Indian journal of veterinary science and animal husbandry - Volume 6,
Year: 1936
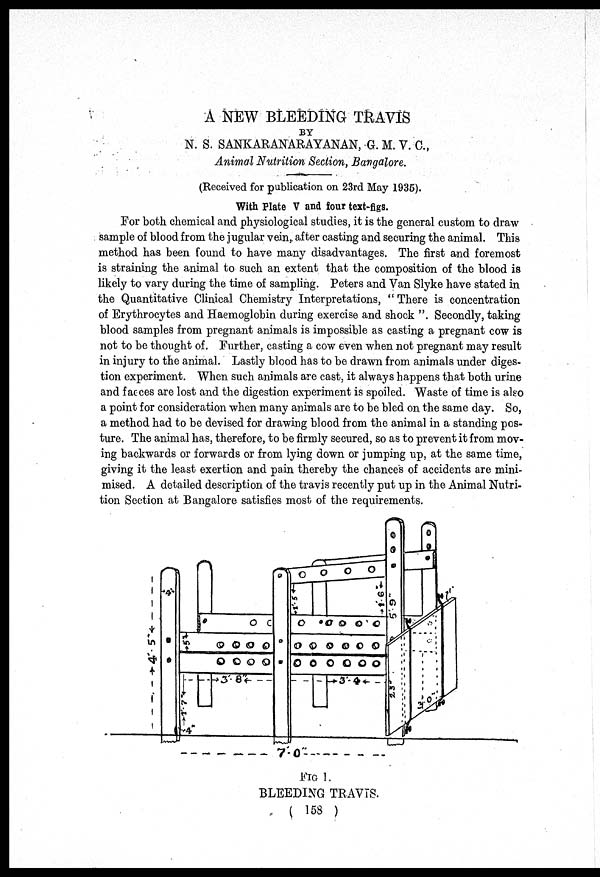
A NEW BLEEDING TRAVIS
BY
N. S. SANKARANARAYANAN, G. M. V. C.,
Animal Nutrition Section, Bangalore.
(Received for publication on 23rd May 1935).
With Plate V and four text-figs.
For both chemical and physiological studies, it is the general custom to draw
sample of blood from the jugular vein, after casting and securing the animal. This
method has been found to have many disadvantages. The first and foremost
is straining the animal to such an extent that the composition of the blood is
likely to vary during the time of sampling. Peters and Van Slyke have stated in
the Quantitative Clinical Chemistry Interpretations, " There is concentration
of Erythrocytes and Haemoglobin during exercise and shock ". Secondly, taking
blood samples from pregnant animals is impossible as casting a pregnant cow is
not to be thought of. Further, casting a cow even when not pregnant may result
in injury to the animal. Lastly blood has to be drawn from animals under diges-
tion experiment. When such animals are cast, it always happens that both urine
and faeces are lost and the digestion experiment is spoiled. Waste of time is also
a point for consideration when many animals are to be bled on the same day. So,
a method had to be devised for drawing blood from the animal in a standing pos-
ture. The animal has, therefore, to be firmly secured, so as to prevent it from mov-
ing backwards or forwards or from lying down or jumping up, at the same time,
giving it the least exertion and pain thereby the chances of accidents are mini-
mised. A detailed description of the travis recently put up in the Animal Nutri-
tion Section at Bangalore satisfies most of the requirements.
FIG 1.
BLEEDING TRAVIS.
( 158 )